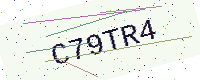
Text: C79TR4